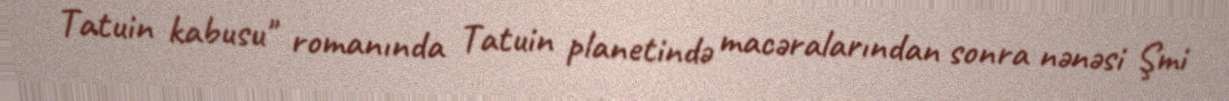
Tatuin kabusu" romanında Tatuin planetində macəralarından sonra nənəsi Şmi